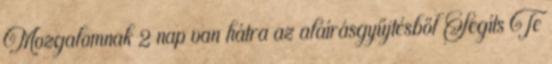
Mozgalomnak 2 nap van hátra az aláírásgyűjtésből Segíts Te